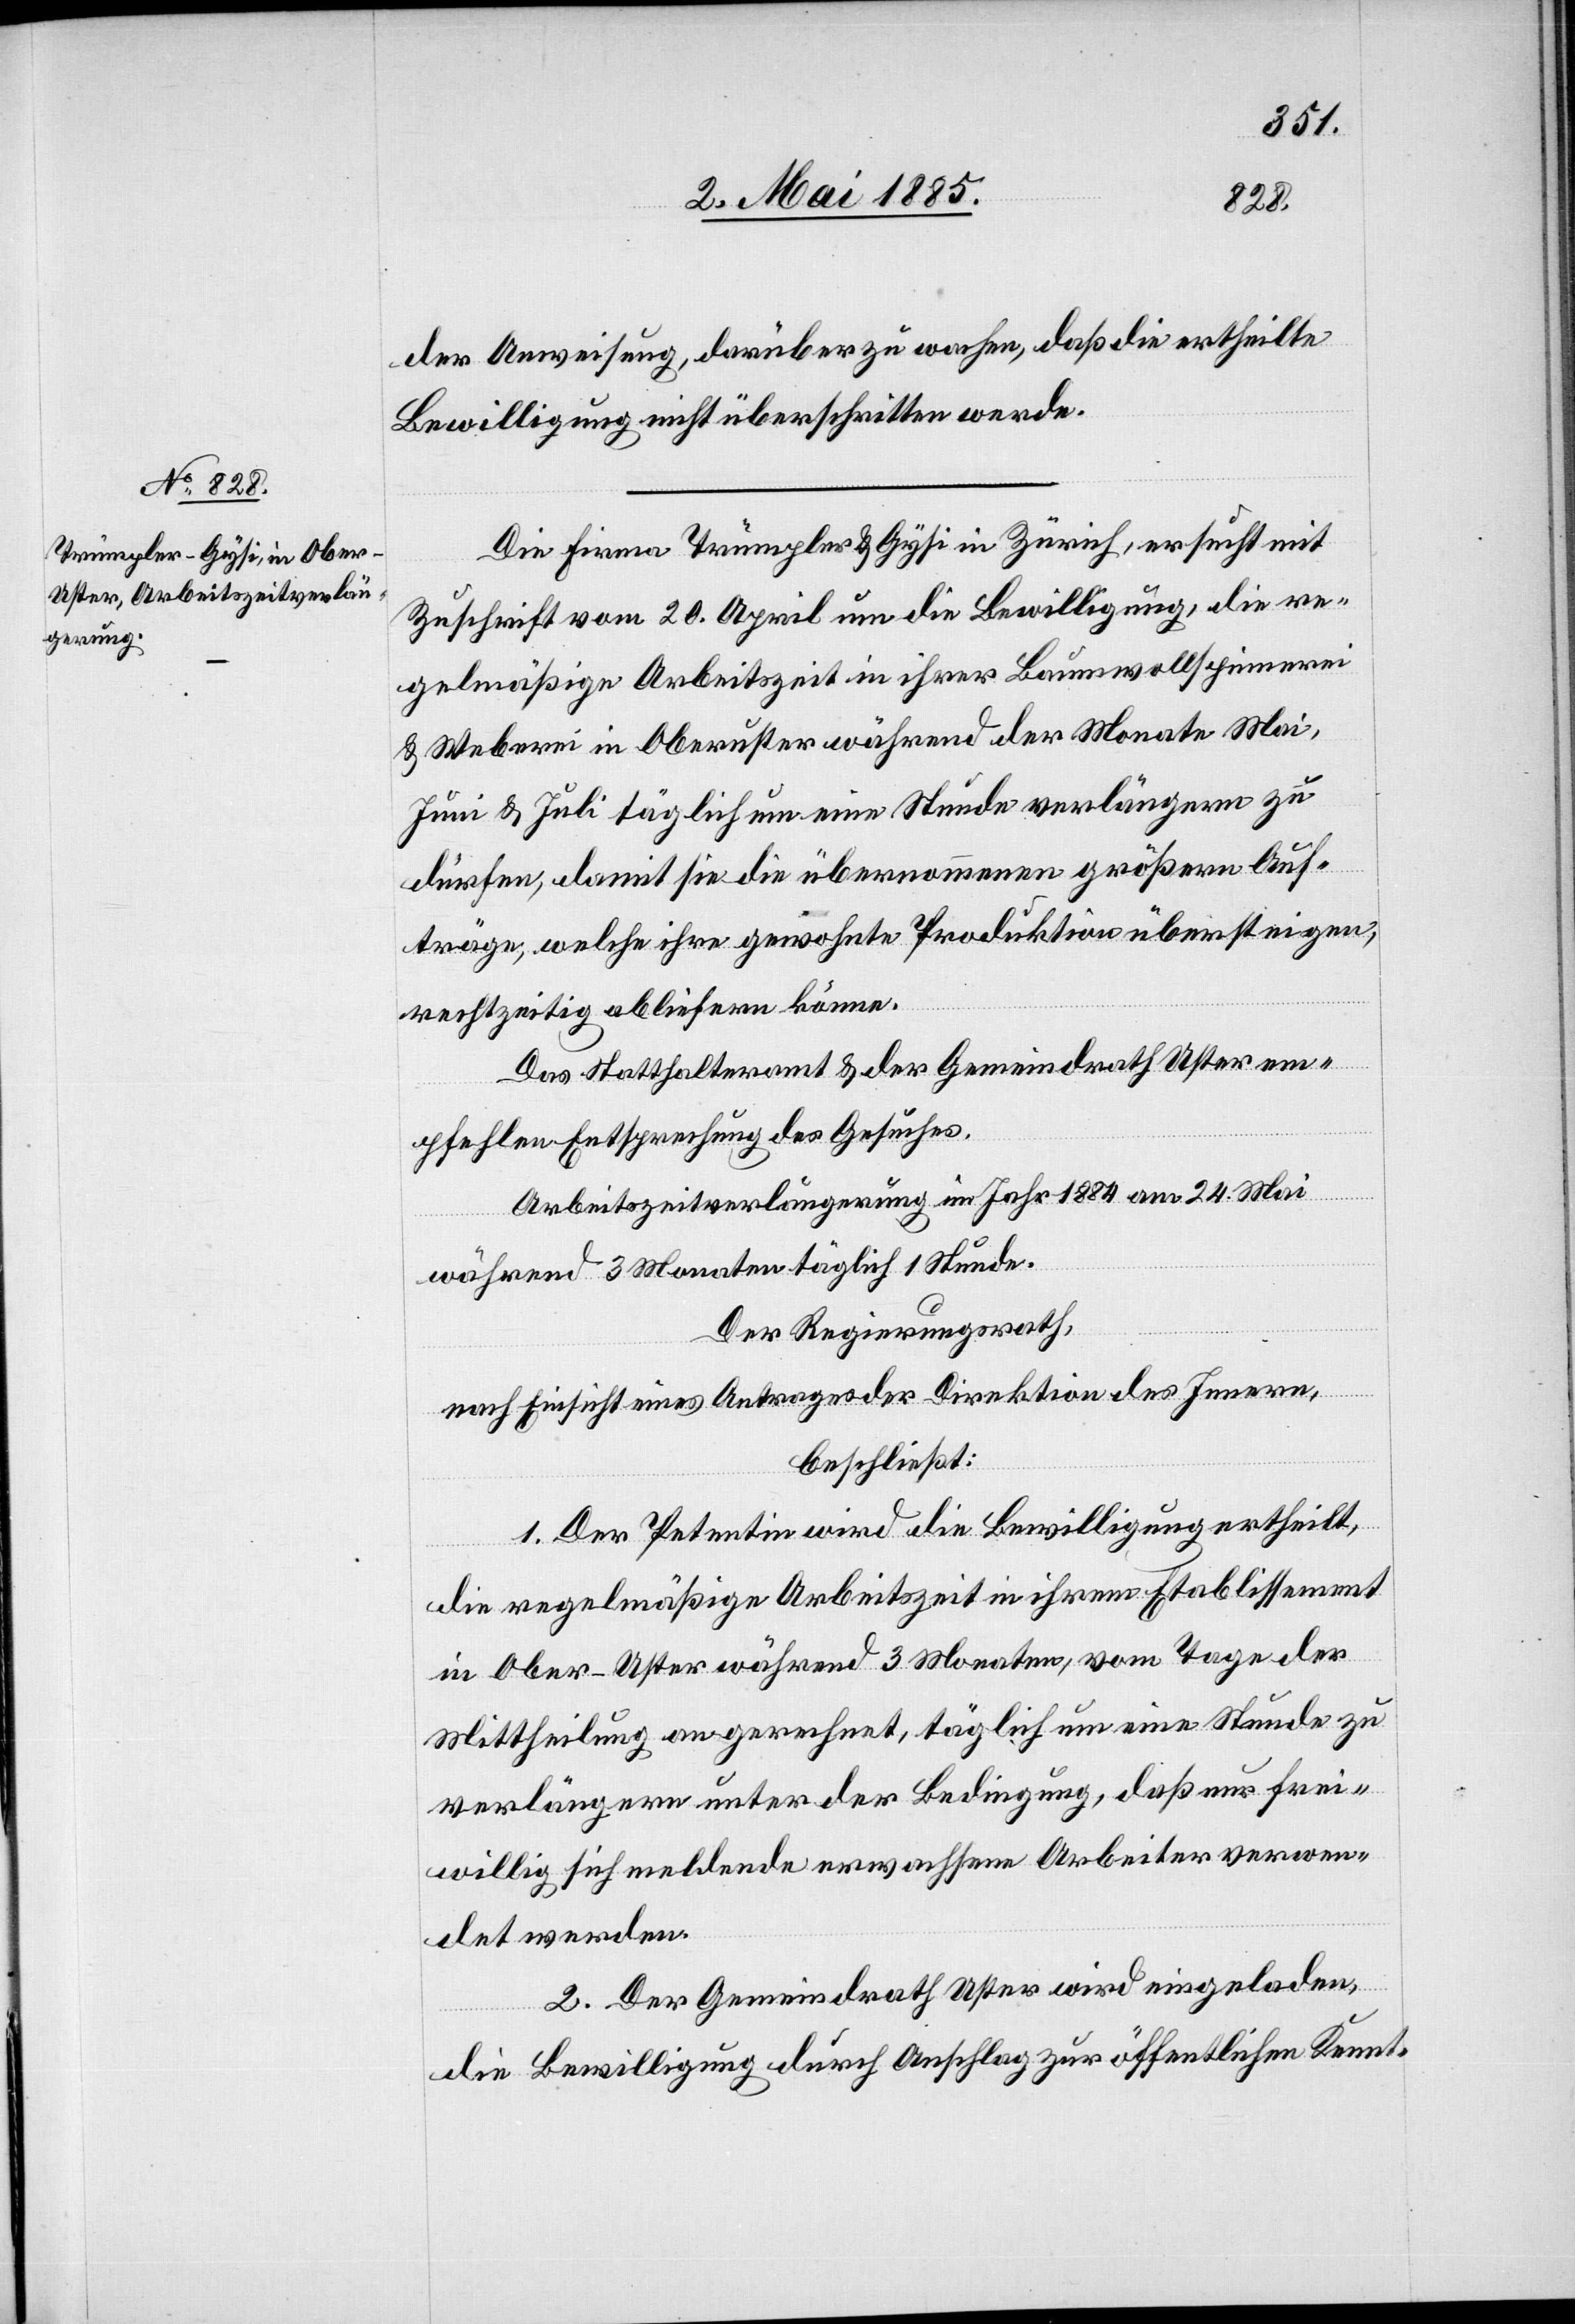
der Anweisung, darüber zu wachen, daß die ertheilte
Bewilligung nicht überschritten werde.
Die Firma Trümpler & Gysi in Zürich, ersucht mit
Zuschrift vom 20. April um die Bewilligung, die re¬
gelmäßige Arbeitszeit in ihrer Baumwollspinnerei
& Weberei in Oberuster während der Monate Mai,
Juni & Juli täglich um eine Stunde verlängern zu
dürfen, damit sie die übernommenen größern Auf¬
träge, welche ihre gewohnte Produktion übersteigen,
rechtzeitig abliefern könne.
Das Statthalteramt & der Gemeindrath Uster em¬
pfehlen Entsprechung des Gesuches.
Arbeitszeitverlängerung im Jahr 1884 am 24. Mai
während 3 Monaten täglich 1 Stunde.
Der Regierungsrath,
nach Einsicht eines Antrages der Direktion des Innern,
beschließt:
1. Der Petentin wird die Bewilligung ertheilt,
die regelmäßige Arbeitszeit in ihrem Etablissement
in Ober-Uster während 3 Monaten, vom Tage der
Mittheilung an gerechnet, täglich um eine Stunde zu
verlängern unter der Bedingung, daß nur frei¬
willig sich meldende erwachsene Arbeiter verwen¬
det werden.
2. Der Gemeindrath Uster wird eingeladen,
die Bewilligung durch Anschlag zur öffentlichen Kennt-